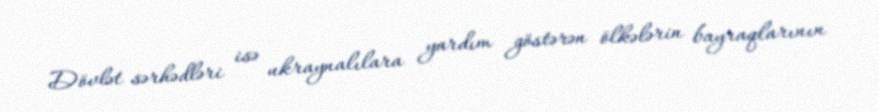
Dövlət sərhədləri isə ukraynalılara yardım göstərən ölkələrin bayraqlarının